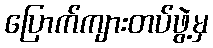
ပြောက်ကျားတပ်ဖွဲ့မှ